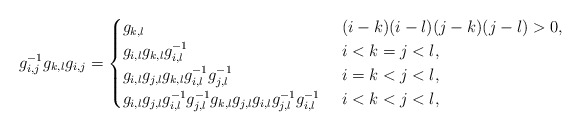
\begin{gather*} g_{i,j}^{-1}g_{k,l}g_{i,j}= \begin{cases}g_{k,l} & \ (i-k)(i-l)(j-k)(j-l) > 0, \\g_{i,l} g_{k,l} g_{i,l}^{-1} & \ i < k=j < l , \\g_{i,l} g_{j,l} g_{k,l} g_{i,l}^{-1} g_{j,l}^{-1} & \ i=k < j < l, \\g_{i,l} g_{j,l} g_{i,l}^{-1} g_{j,l}^{-1} g_{k,l} g_{j,l} g_{i,l} g_{j,l}^{-1} g_{i,l}^{-1} & \ i < k < j < l,\end{cases}\end{gather*}